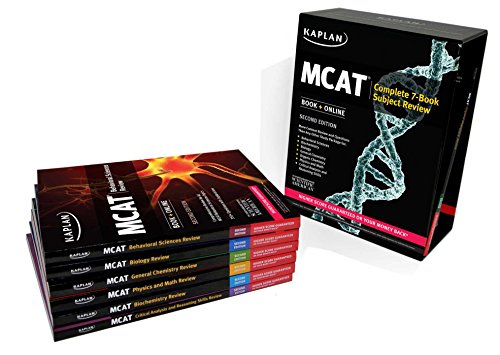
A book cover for Kaplan MCAT Complete 7-Book Subject Review: Book + Online (Kaplan Test Prep); Kaplan; Test Preparation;